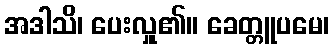
အဒါသိ၊ ပေးလှူ၏။ ခေတ္တူပမေ၊